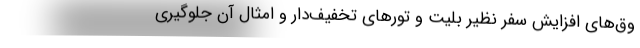
وق‌های افزایش سفر نظیر بلیت و تورهای تخفیف‌دار و امثال آن جلوگیری